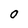
Character: 0